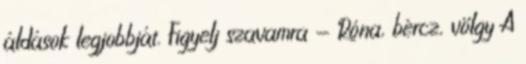
áldások legjobbját. Figyelj szavamra - Róna, bércz, völgy A